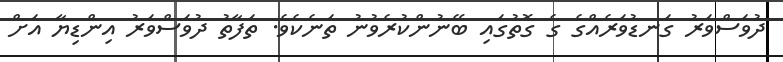
ދުވަސްވަރު ގަނޑުވަރެއްގެ ގެ ގޮތުގައި ބޭނުންކުރެވުނު ތަނެކެވެ. ތަފާތު ދުވަސްވަރު އިންޑިޔާ އަށް